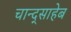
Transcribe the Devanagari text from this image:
चान्द्साहेब